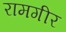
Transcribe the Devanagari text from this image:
रामगीर